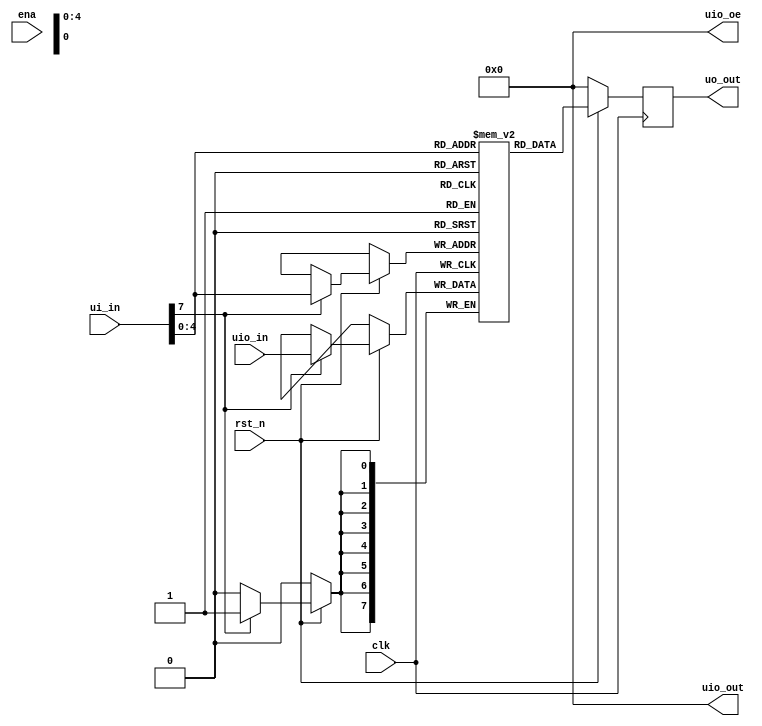
module tt_um_urish_256_bits_dff_mem #(parameter RAM_BYTES = 32) (
    input  wire [7:0] ui_in,    // Dedicated inputs - connected to the input switches
    output reg  [7:0] uo_out,   // Dedicated outputs - connected to the 7 segment display
    input  wire [7:0] uio_in,   // IOs: Bidirectional Input path
    output wire [7:0] uio_out,  // IOs: Bidirectional Output path
    output wire [7:0] uio_oe,   // IOs: Bidirectional Enable path (active high: 0=input, 1=output)
    input  wire       ena,      // will go high when the design is enabled
    input  wire       clk,      // clock
    input  wire       rst_n     // reset_n - low to reset
);

	localparam addr_bits = $clog2(RAM_BYTES);

  wire [addr_bits-1:0] addr = ui_in[addr_bits-1:0];
	wire wr_en = ui_in[7];
  assign uio_oe = 8'b0; // All bidirectional IOs are inputs
  assign uio_out = 8'b0;

  reg [7:0] RAM[RAM_BYTES - 1:0];

	always @(posedge clk) begin
    if (!rst_n) begin
      uo_out <= 8'b0;
    end else begin
      if (wr_en) begin
        RAM[addr] <= uio_in;
      end
      uo_out <= RAM[addr];
    end
	end

endmodule